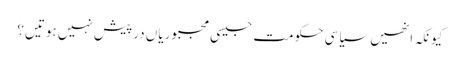
کیونکہ انھیں سیاسی حکومت جیسی مجبوریاں درپیش نہیں ہوتیں؟